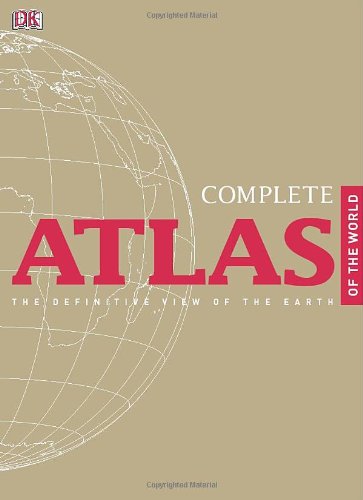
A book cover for Complete Atlas of the World, 2nd Edition; DK Publishing; Reference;